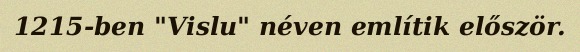
1215-ben "Vislu" néven említik először.